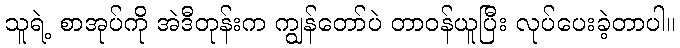
သူရဲ့ စာအုပ်ကို အဲဒီတုန်းက ကျွန်တော်ပဲ တာဝန်ယူပြီး လုပ်ပေးခဲ့တာပါ။